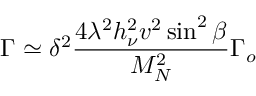
\Gamma \simeq \delta ^ { 2 } \frac { 4 \lambda ^ { 2 } h _ { \nu } ^ { 2 } v ^ { 2 } \sin ^ { 2 } \beta } { M _ { N } ^ { 2 } } \Gamma _ { o }